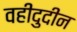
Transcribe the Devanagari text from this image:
वहीदुदीन